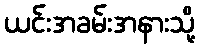
ယင်းအခမ်းအနားသို့